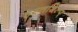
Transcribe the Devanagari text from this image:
हस्तशिल्प्